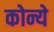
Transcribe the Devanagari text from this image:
कोन्ये